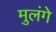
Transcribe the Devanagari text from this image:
मुलंगे